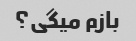
بازم میگی؟